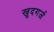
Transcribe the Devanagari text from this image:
खुदगर्ज